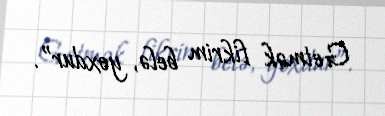
Getmək fikrim belə, yoxdur”.